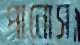
পানোস